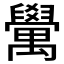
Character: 𮂮